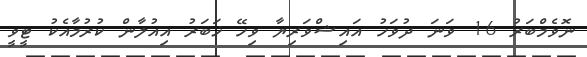
ނޮވެމްބަރު 16 ވަނަ ދުވަހު އައިޝްވަރިޔާ ވިހޭ ޚަބަރު އިއުލާން ކުރުމާއެކު ޓީވީ